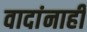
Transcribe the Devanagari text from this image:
वादांनाही